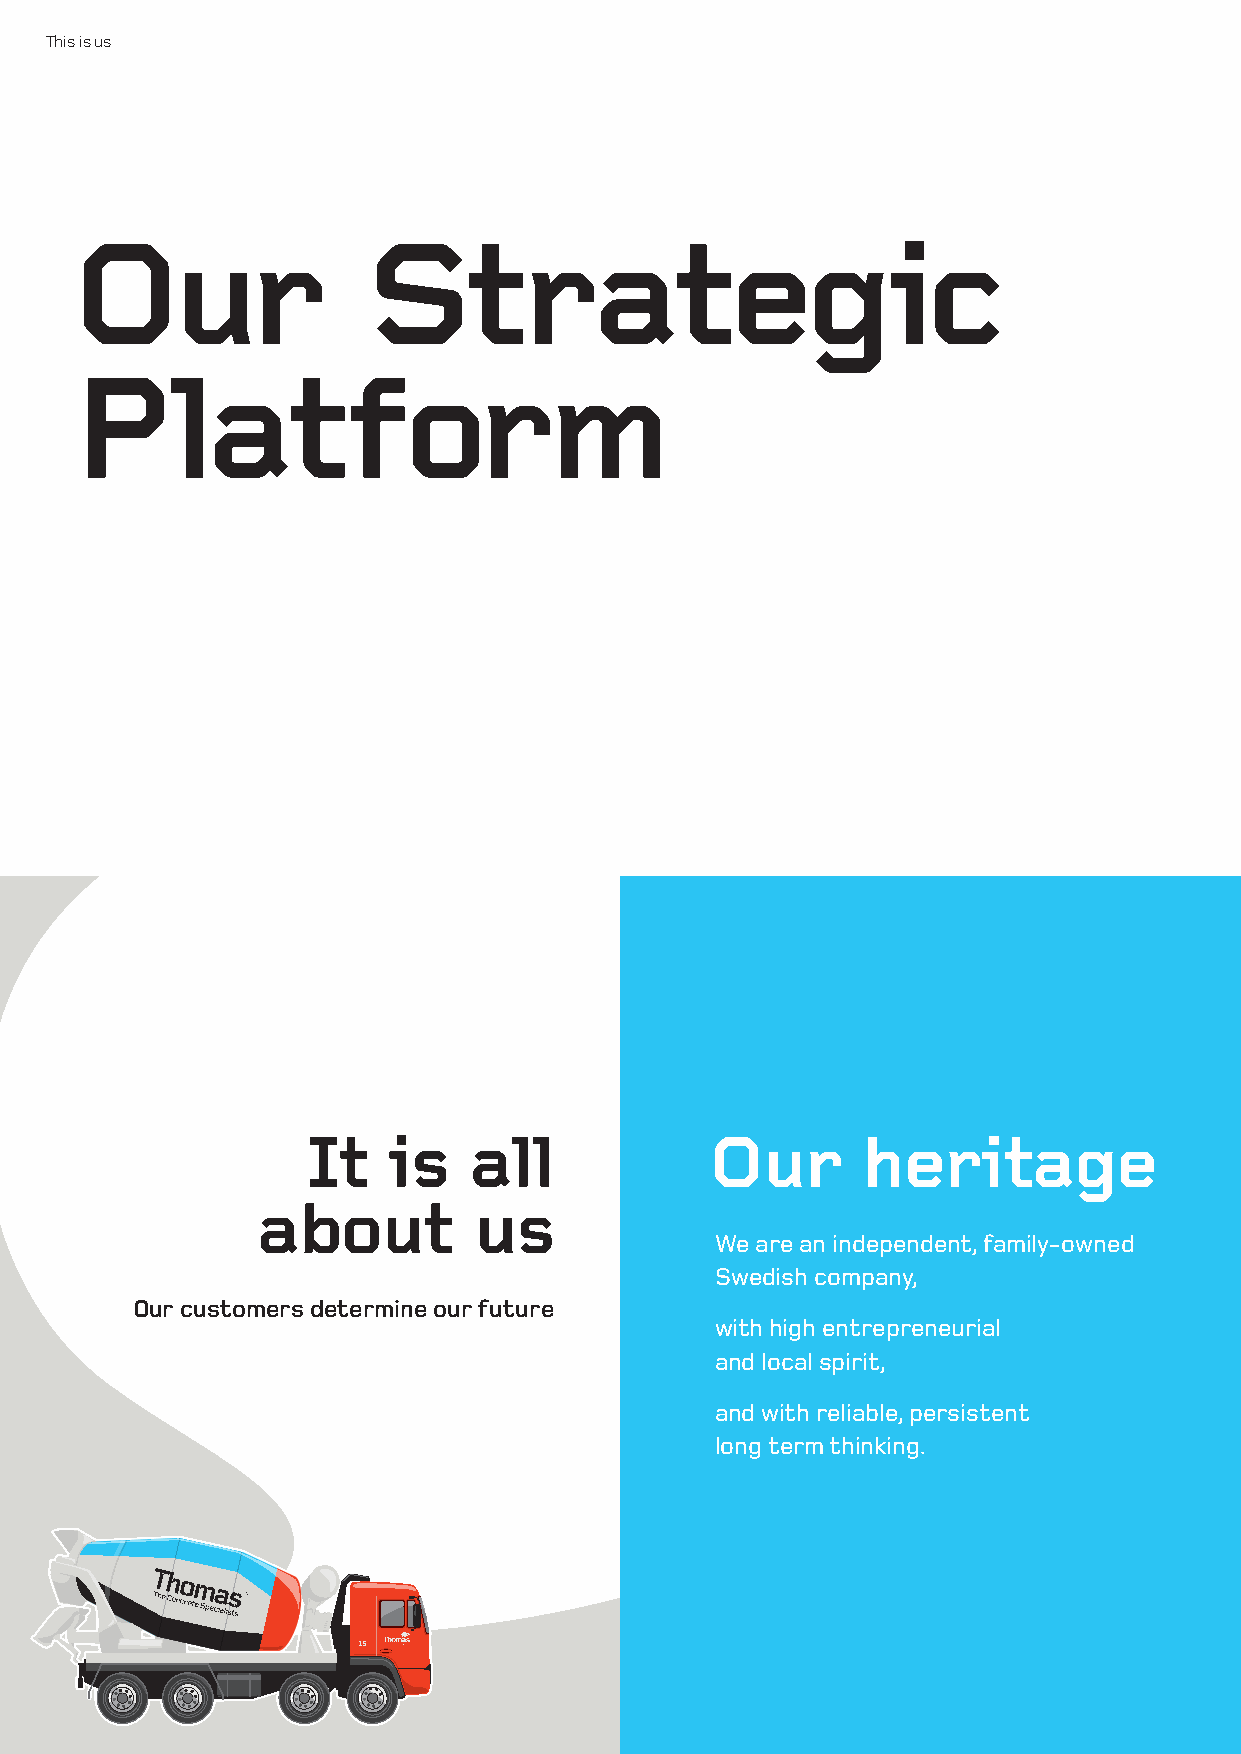
This is us
 Our                Strategic
 Platform
 It    is   all             Our       heritage
 about         us
 We are an independent, family-owned
 Swedish company,
 Our customers determine our future
 with high entrepreneurial
 and local spirit,
 and with reliable, persistent
 long term thinking.
 15
 8
 15